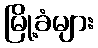
မြို့ခံများ